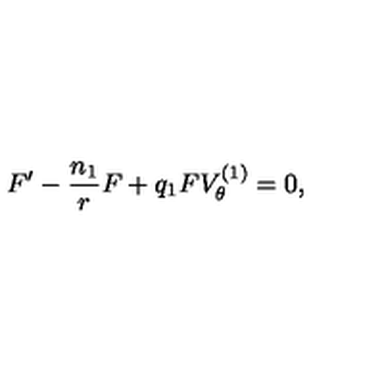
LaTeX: F ^ { \prime } - \frac { n _ { 1 } } { r } F + q _ { 1 } F V _ { \theta } ^ { ( 1 ) } = 0 ,